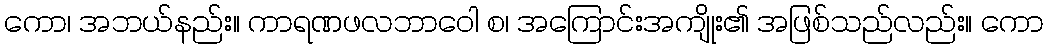
ကော၊ အဘယ်နည်း။ ကာရဏဖလဘာဝေါ စ၊ အကြောင်းအကျိုး၏ အဖြစ်သည်လည်း။ ကော